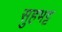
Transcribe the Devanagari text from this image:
सुहभट्ट